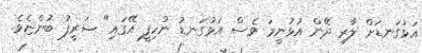
އަޅުގަނޑަށް ލާރި ދޭން އުޅުނީމަ ވެސް އަޅުގަނޑު ނުހިފީ އޭގައި" ޝަރީފު ބުންޏެވެ.